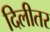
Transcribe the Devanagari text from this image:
दिलीतर